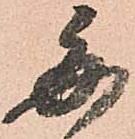
毎